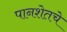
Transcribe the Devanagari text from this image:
पानशेतचे